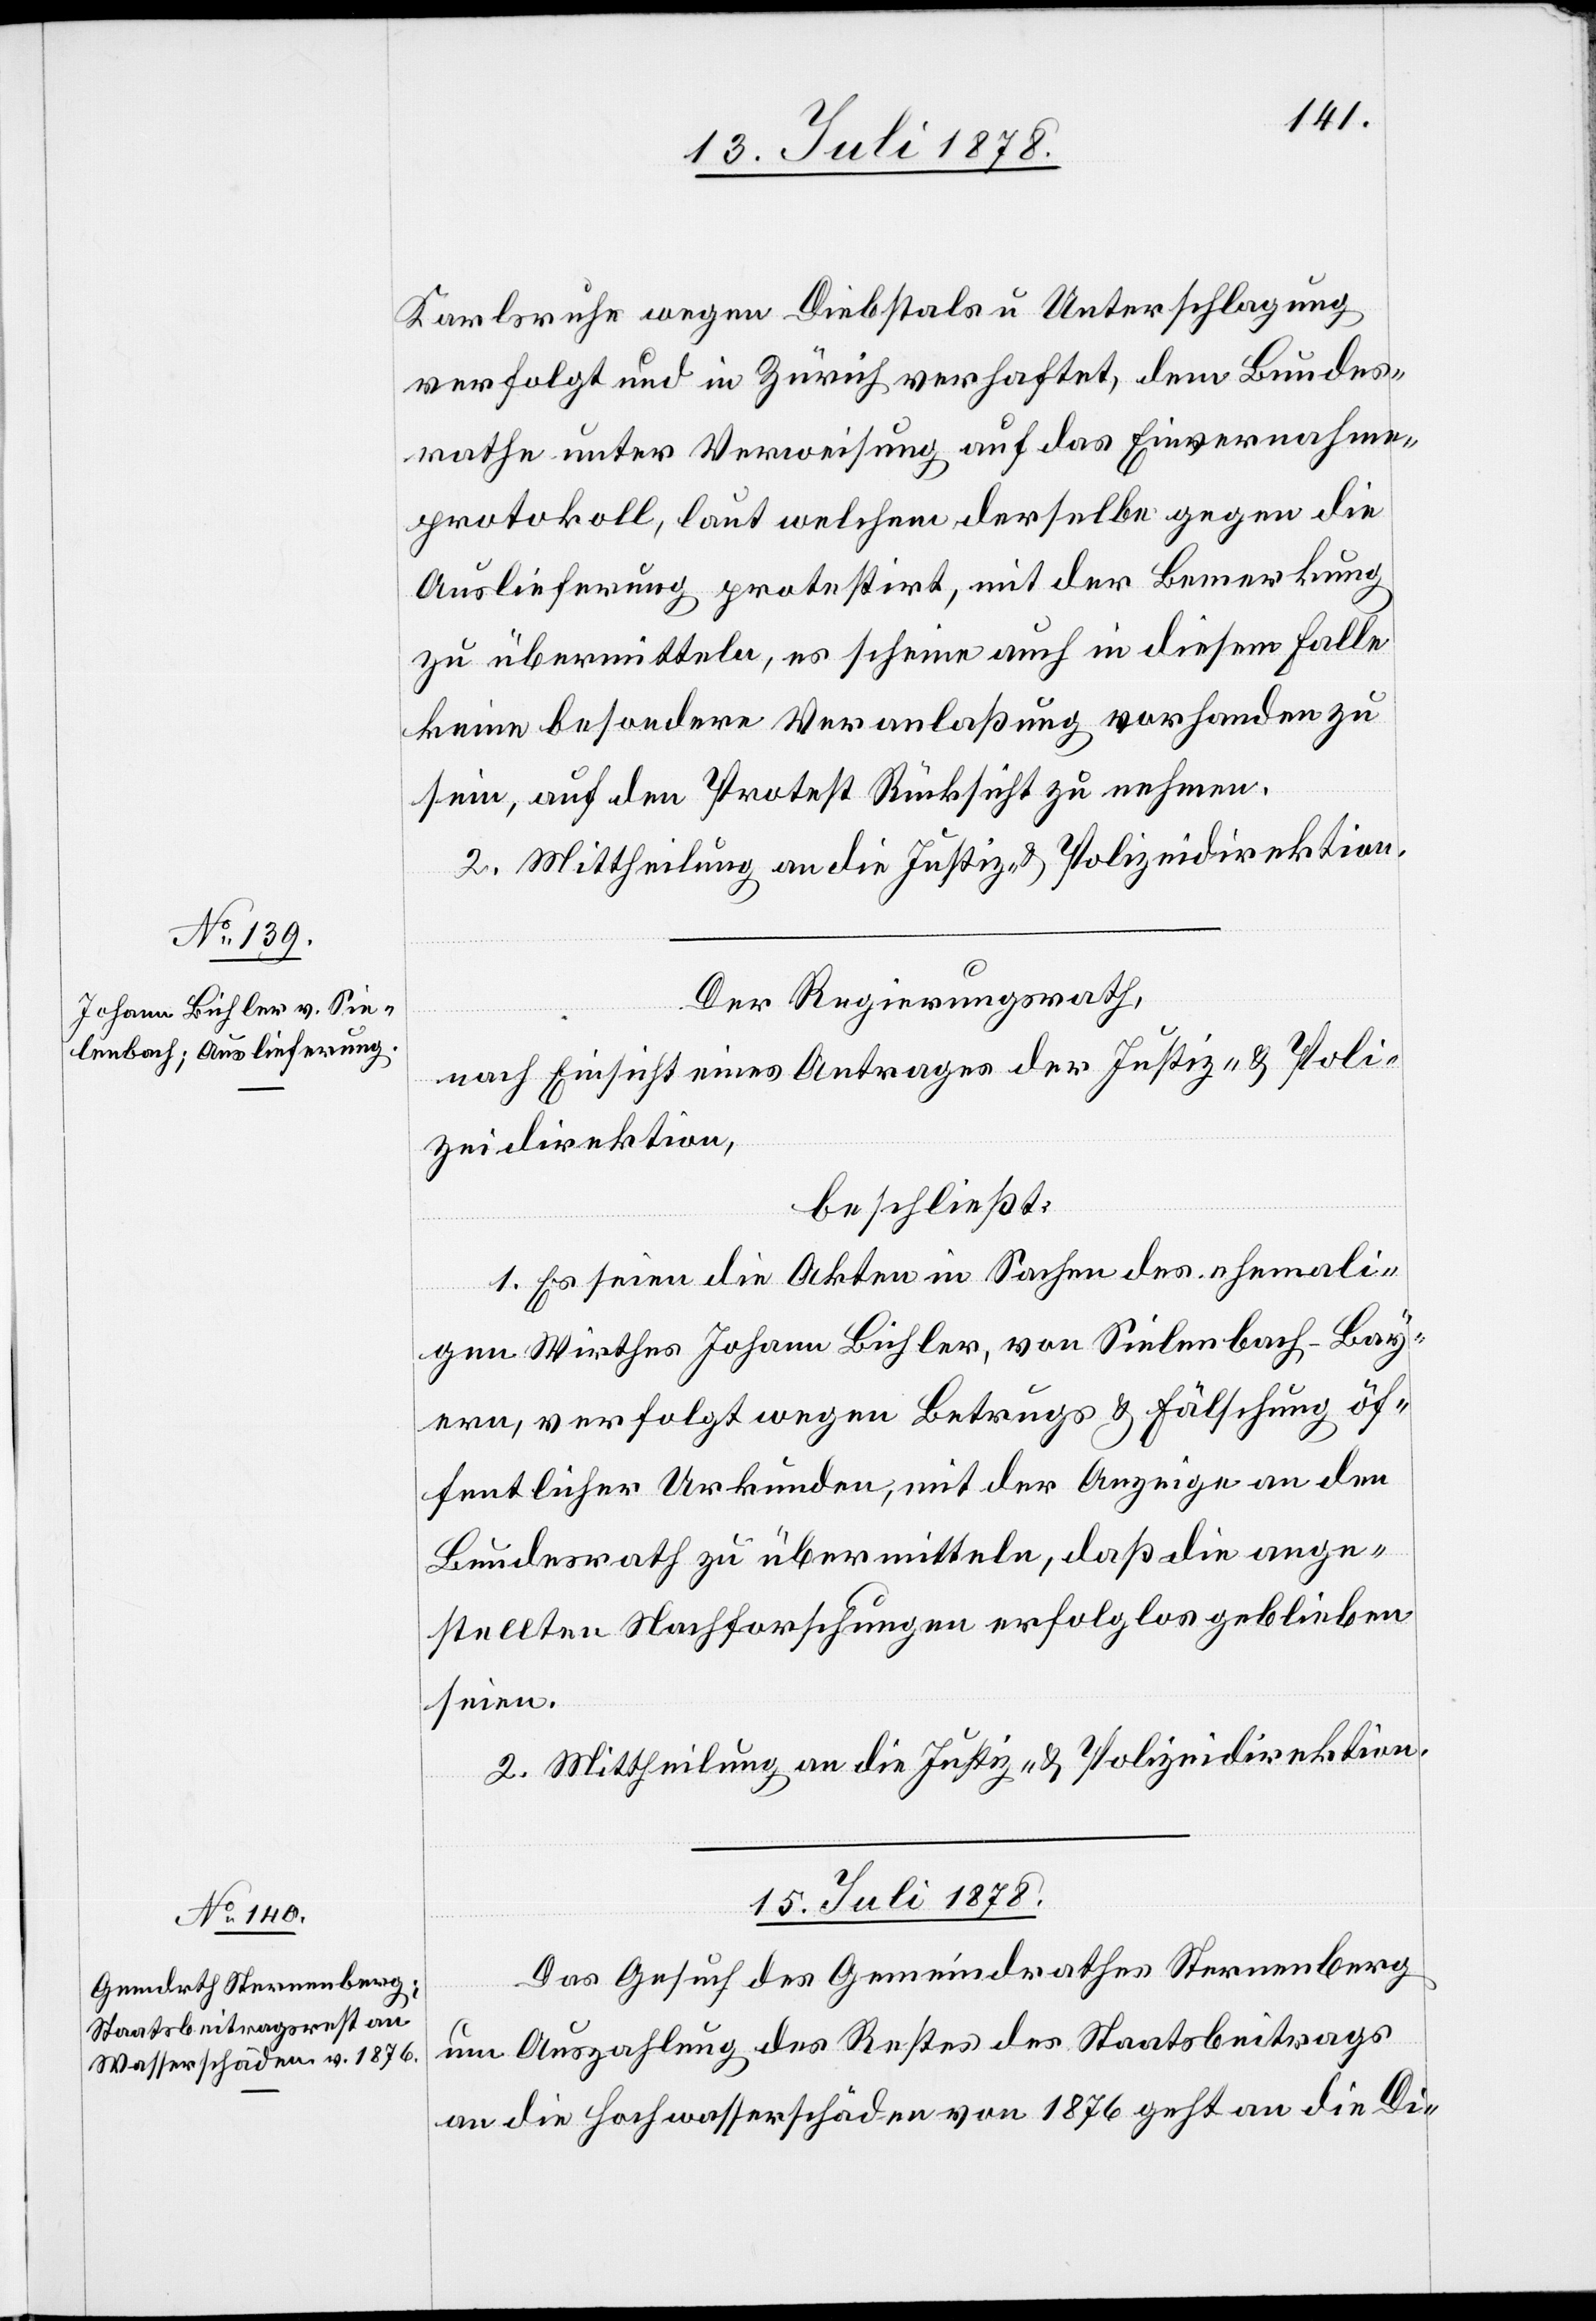
13. Juli 1878.]
Karlsruhe wegen Diebstals u. Unterschlagung
verfolgt und in Zürich verhaftet, dem Bundes¬
rathe unter Verweisung auf das Einvernahme¬
protokoll, laut welchem derselbe gegen die
Auslieferung protestirt, mit der Bemerkung
zu übermitteln, es scheine auch in diesem Falle
keine besondere Veranlaßung vorhanden zu
sein, auf den Protest Rücksicht zu nehmen.
Der Regierungsrath
nach Einsicht eines Antrages der Justiz- & Poli¬
zeidirektion,
beschließt:
1. Es seien die Akten in Sachen des ehemali¬
gen Wirthes Johann Bichler, von Sielenbach - Bay¬
ern, verfolgt wegen Betrugs & Fälschung öf¬
fentlicher Urkunden, mit der Anzeige an den
Bundesrath zu übermitteln, daß die ange¬
stellten Nachforschungen erfolglos geblieben
seien.
2. Mittheilung an die Justiz- & Polizeidirektion.
15. Juli 1878.
Das Gesuch des Gemeindrathes Sternenberg
um Auszahlung des Restes des Staatsbeitrages
an die Hochwasserschäden von 1876 geht an die Di-